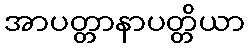
အာပတ္တာနာပတ္တိယာ